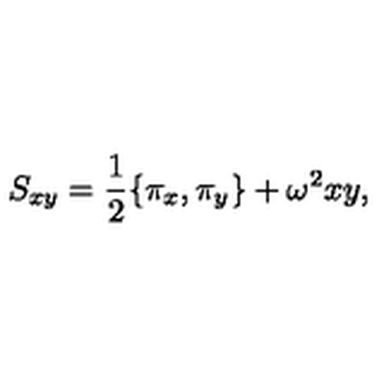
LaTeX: S _ { x y } = \frac { 1 } { 2 } \{ \pi _ { x } , \pi _ { y } \} + \omega ^ { 2 } x y ,